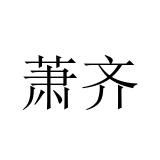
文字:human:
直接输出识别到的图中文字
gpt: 萧齐